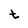
Character: t